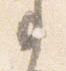
事